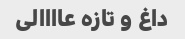
داغ و تازه عاااالی